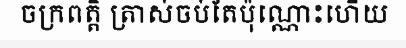
ចក្រពត្តិ ត្រាស់ចប់តែប៉ុណ្ណោះហើយ